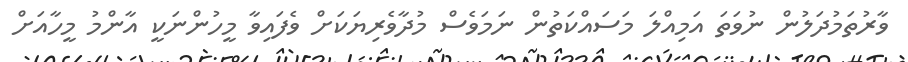
ވާރުތަމުދަލުން ނުވަތަ އަމިއްލަ މަސައްކަތުން ނަމަވެސް މުދާވެރިޔަކަށް ވެފައިވާ މީހުންނަކީ އާންމު މީހާއަށް